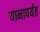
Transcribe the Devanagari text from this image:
यानापर्यंत